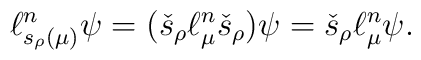
\ell_{s_{\rho}(\mu)}^n\psi=(\check{s}_{\rho}   \ell_{\mu}^n\check{s}_{\rho})\psi   =\check{s}_{\rho}\ell_{\mu}^n\psi.